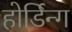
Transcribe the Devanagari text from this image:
होर्डिन्ग